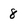
Character: 8